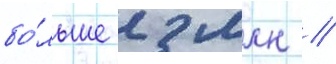
бо́льше 2 млн //